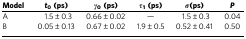
| Model | t0(ps) | γ0(ps) | τ1(ps) | σ(ps) | P |
 | --- | --- | --- | --- | --- | --- |
 | A | 1.5±0.3 | 0.66±0.02 | — | 1.5±0.3 | 0.04 |
 | B | 0.05±0.13 | 0.67±0.02 | 1.9±0.5 | 0.52±0.41 | 0.50 |